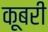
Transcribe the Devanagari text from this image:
कूबरी